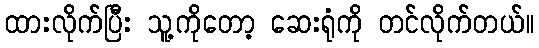
ထားလိုက်ပြီး သူ့ကိုတော့ ဆေးရုံကို တင်လိုက်တယ်။